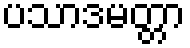
ပသာဒမတ္တာ